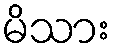
မိသား